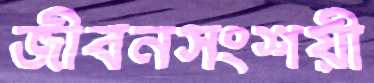
জীবনসংশয়ী